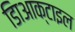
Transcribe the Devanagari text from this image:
डािआक्टाइल